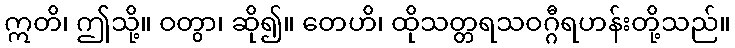
ဣတိ၊ ဤသို့။ ဝတွာ၊ ဆို၍။ တေဟိ၊ ထိုသတ္တရသဝဂ္ဂီရဟန်းတို့သည်။